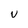
Character: v